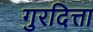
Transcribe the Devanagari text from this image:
गुरदित्ता